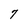
Character: 7